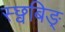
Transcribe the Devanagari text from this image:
स्छ्वबिङ्